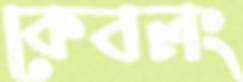
কেবলং